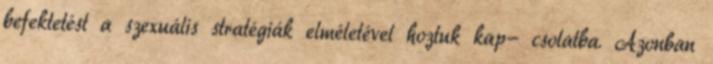
befektetést a szexuális stratégiák elméletével hoztuk kap- csolatba. Azonban